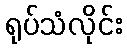
ရုပ်သံလိုင်း